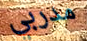
مدربي